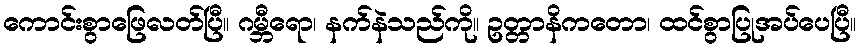
ကောင်းစွာဖြေလတ်ပြီ။ ဂမ္ဘီရော၊ နက်နဲသည်ကို။ ဥတ္တာနိကတော၊ ထင်စွာပြုအပ်ပေပြီ။